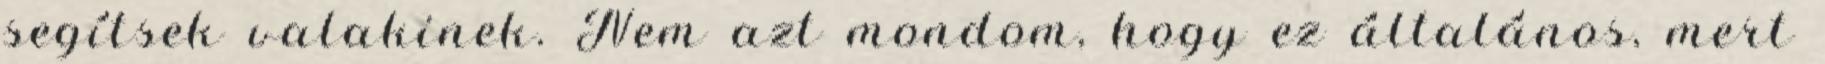
segítsek valakinek. Nem azt mondom, hogy ez általános, mert